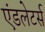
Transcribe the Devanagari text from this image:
एंडलेटर्स